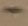
Text: -